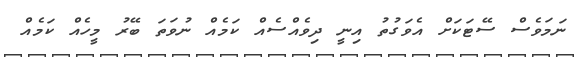
ނަމަވެސް ސޭޓަކަށް އެވަގުތު އިނީ ދިވެއްސެއް ކަމެއް ނުވަތަ ބޭރު މީހެއް ކަމެއް